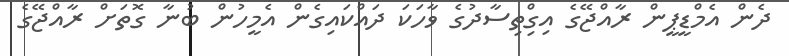
ދެން އެމްޑީޕީން ރާއްޖޭގެ އިގްިތިސާދުގެ ވާހަކަ ދައްކައިގެން އެމީހުން ބުނާ ގޮތަށް ރާއްޖޭގެ